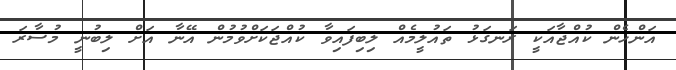
އަންހެން ކުއްޖާއަކީ ރަނގަޅު ތައުލީމެއް ލިބިފައިވާ ކުއްޖަކަށްވުމުން އޭނާ އަށް ލިބުނީ މުސާރަ